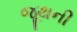
જૂથની